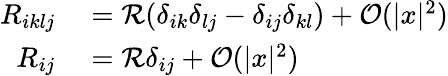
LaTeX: \begin{array}{rl}{R_{iklj}}&{{}=\mathcal{R}(\delta_{ik}\delta_{lj}-\delta_{ij}\delta_{kl})+\mathcal{O}(|x|^{2})}\\ {R_{ij}}&{{}=\mathcal{R}\delta_{ij}+\mathcal{O}(|x|^{2})}\end{array}